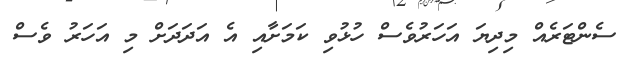
ސެންޓަރެއް މިދިޔަ އަހަރުވެސް ހުޅުވި ކަމަށާއި އެ އަދަދަށް މި އަހަރު ވެސް